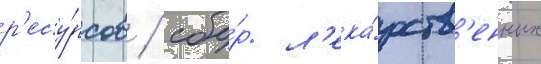
р'есу́рсов / сбо́р л'ека́рств'енных